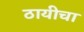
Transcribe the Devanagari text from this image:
ठायीचा